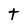
Character: t